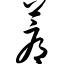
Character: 蓐